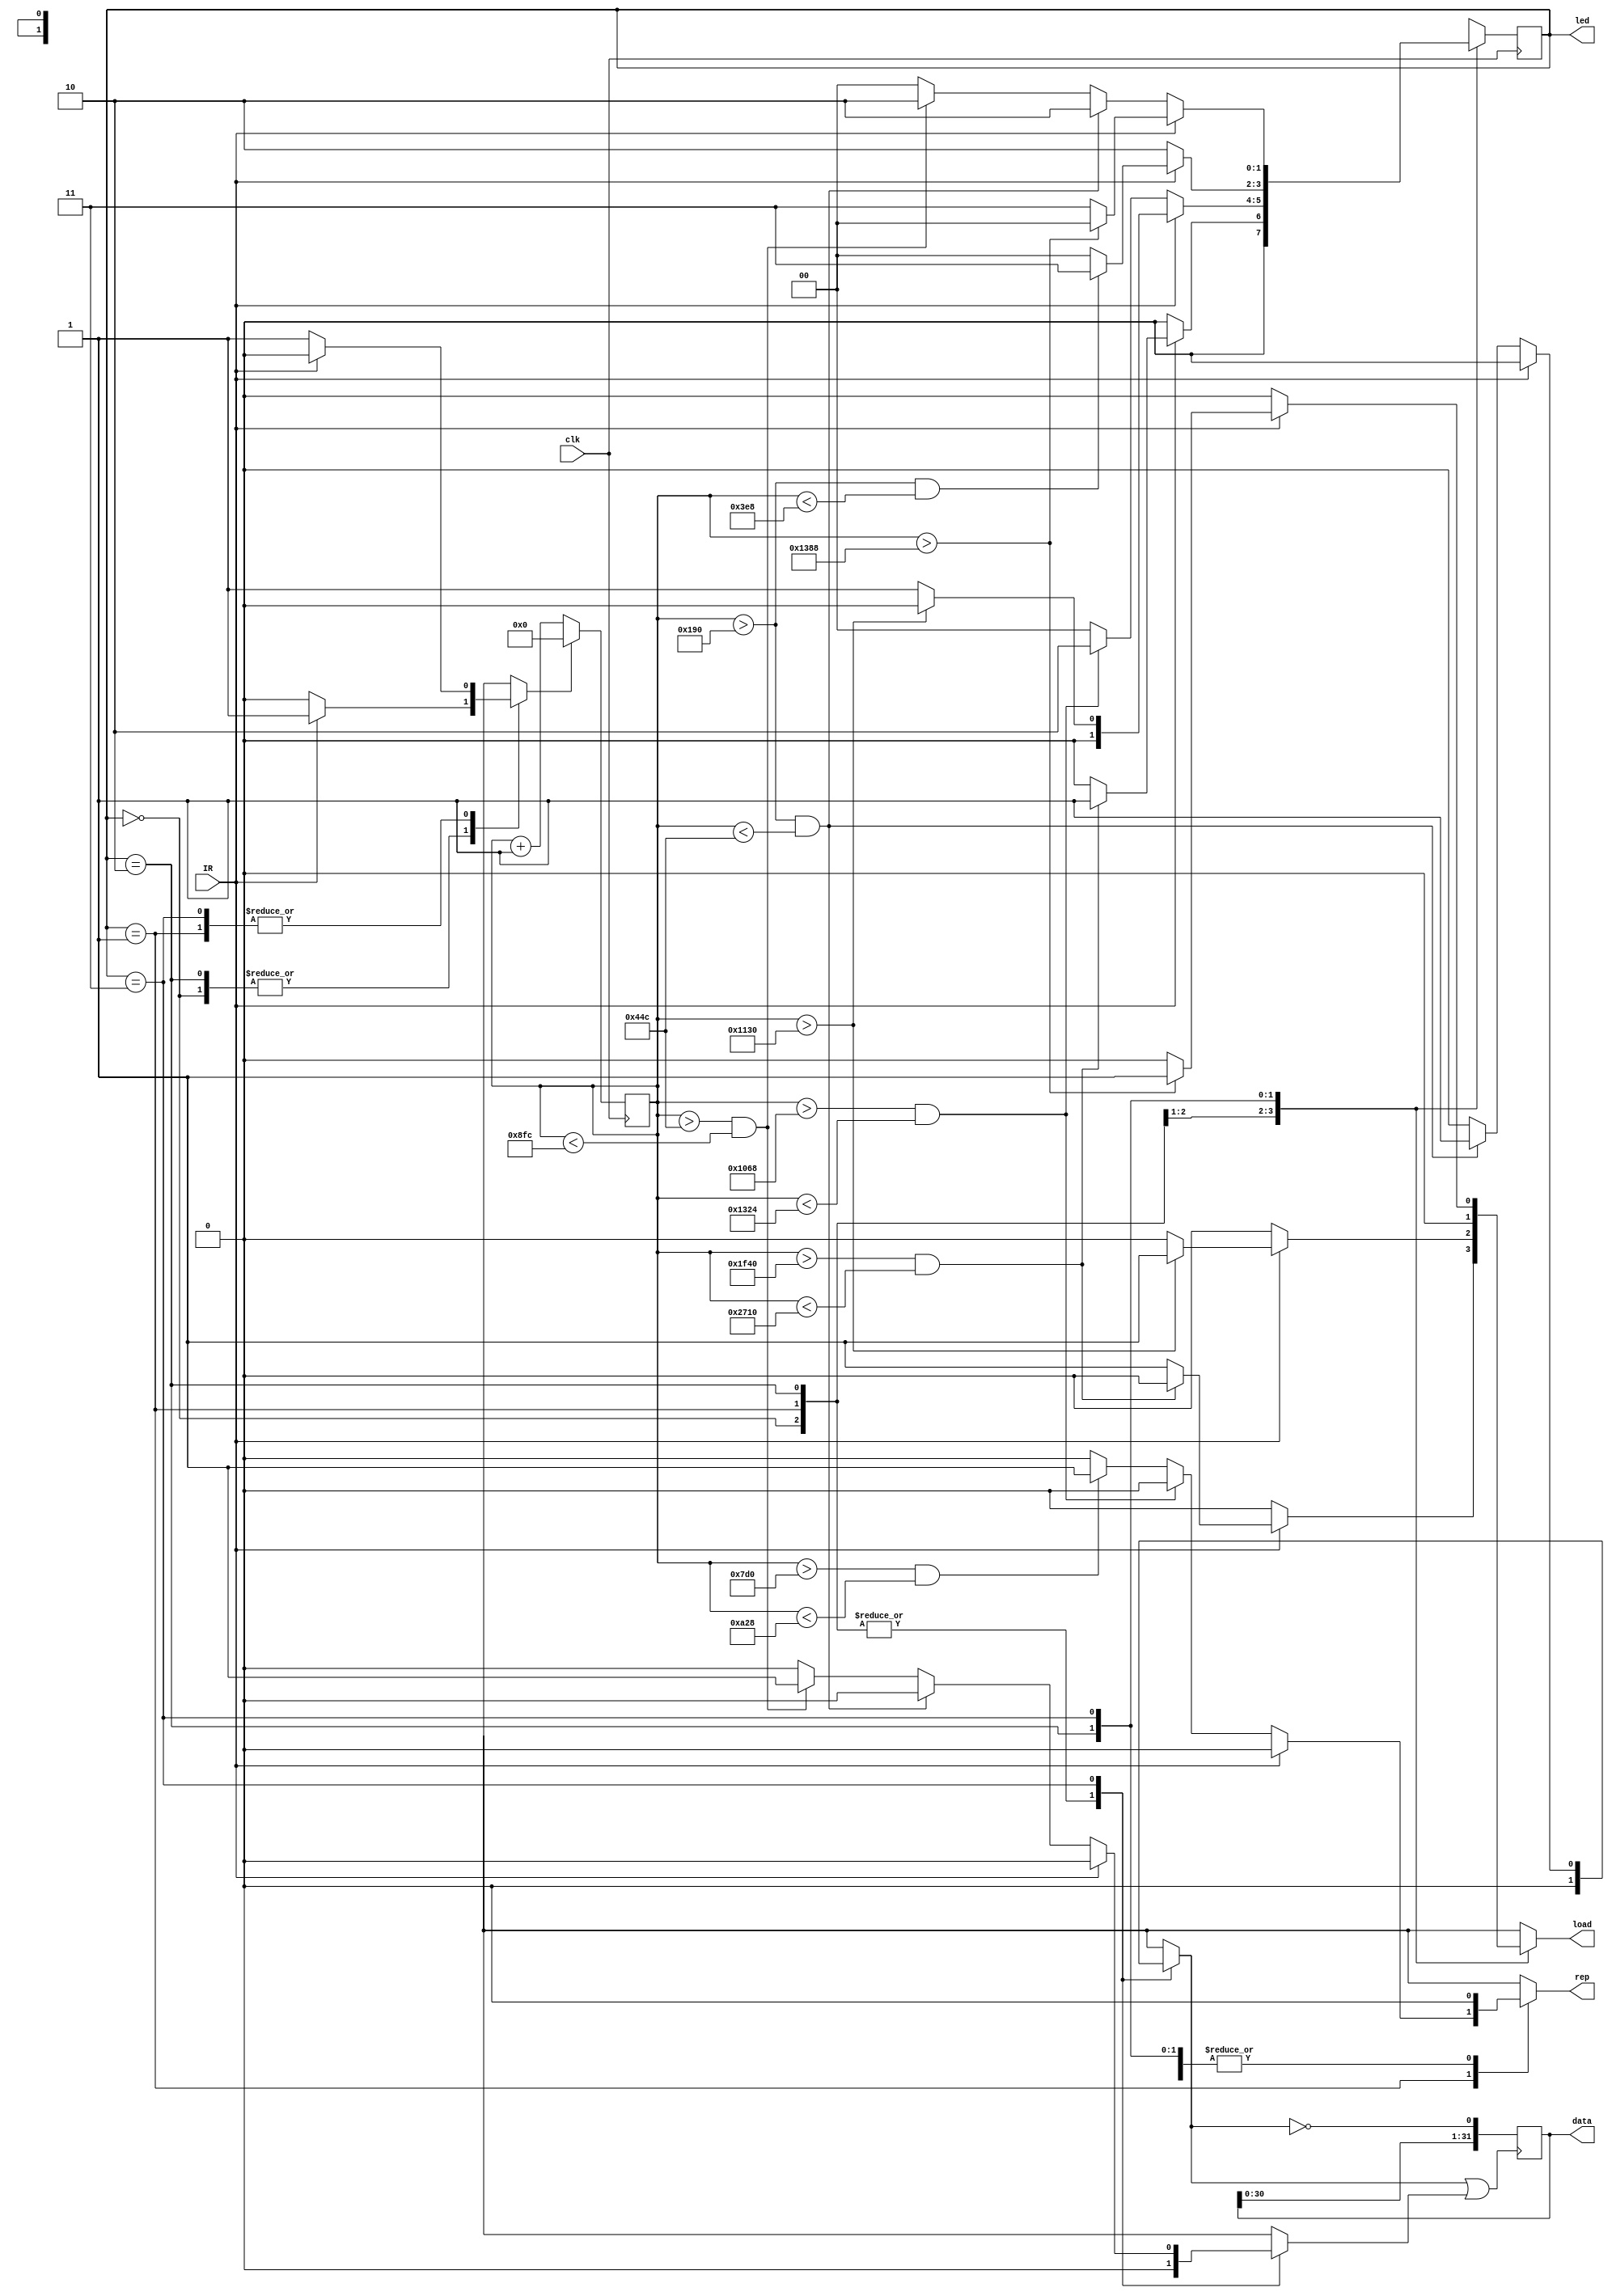
module DECODE_IR(input  IR,clk,
                  output reg [31:0] data,		
						output reg load ,rep ,
					   output [1:0] led);
						
			parameter RESET = 2'b00;
			parameter S_H   = 2'b01;
			parameter D_L   = 2'b10;
			parameter D_H   = 2'b11;
			
			reg [13:0] counter;
			reg [1:0]  state,next_state;
			reg rst,L_1,L_0;
			
			assign led = state;
			
			
			always@(posedge clk) state <= next_state;
			
         
//////////////////////////next state /////////////////////////////////
			
			always@(*) begin
			
			rst  = 1'b0;
			L_0  = 1'b0;
			L_1  = 1'b0;
			load = 1'b0;
			rep  = 1'b0;
			
			case(state)
			
			RESET     : begin 
			            if(IR) begin 
							       
								    if((counter > 8000) &(counter < 10000)) begin next_state = S_H; rst = 1'b1;end  // 9000us 
								    else   begin  next_state = RESET; load = 1'b1; rst = 1'b1;end
								    end
							else   next_state = RESET;
			            end
			
			S_H       : begin 
			            if(IR) begin 
							       next_state = S_H;
									 if(counter > 4400) begin load = 1'b1; next_state = RESET; end // 4500us
									 end
						   else   begin
						          
									 if((counter > 4200)&(counter < 4900)) begin next_state = D_L; rst = 1'b1; end  // 4500us
									 else if((counter > 2000)&(counter < 2600)) begin next_state = RESET; rep = 1'b1; rst = 1'b1; end //2250us
								    else begin next_state = RESET; rst = 1'b1; end
									 
									 end
							end
			
			D_L       : begin 
			            if(IR) begin 
							       
									 if((counter > 400)&(counter < 1000)) begin next_state = D_H; rst = 1'b1; end    // 562.5us
									 else begin  next_state = RESET; rst = 1'b1; end
									 
									 end
							else   next_state = D_L;
							end
			
			D_H       : begin 
			            if(IR) begin 
									 if(counter > 5000) begin load = 1'b1; next_state = RESET; end // 5000us
									 else next_state = D_H;
									 end
							else begin
							     
								  if((counter > 400)&(counter < 1100)) begin L_0 = 1'b1; next_state = D_L; rst = 1'b1; end     // 562.5us
								  else if((counter > 1100)&(counter < 2300))begin L_1 = 1'b1; next_state = D_L; rst = 1'b1; end // 1.6875ms
								  else begin next_state = RESET; rst = 1'b1; end
								  
								  end
							end
		   endcase	
			
			end
			
///////////////////////// data path ///////////////////////////////			
			
			always@(posedge clk)
			begin 
			if(rst) counter <= 14'b0;
			else counter <= counter + 14'b000_0000_0000_0001;
			end
			
			always@(posedge (L_0|L_1) ) data <= {data[30:0],!L_0};


//////////////////////////////////////////////////////////////////////////////////////////////////////////////
						
						
endmodule